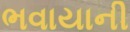
ભવાયાની